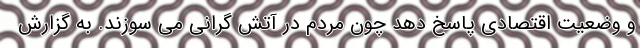
و وضعیت اقتصادی پاسخ دهد چون مردم در آتش گرانی می سوزند. به گزارش